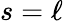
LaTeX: s=\ell